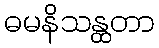
ဓမနိသန္ထတာ